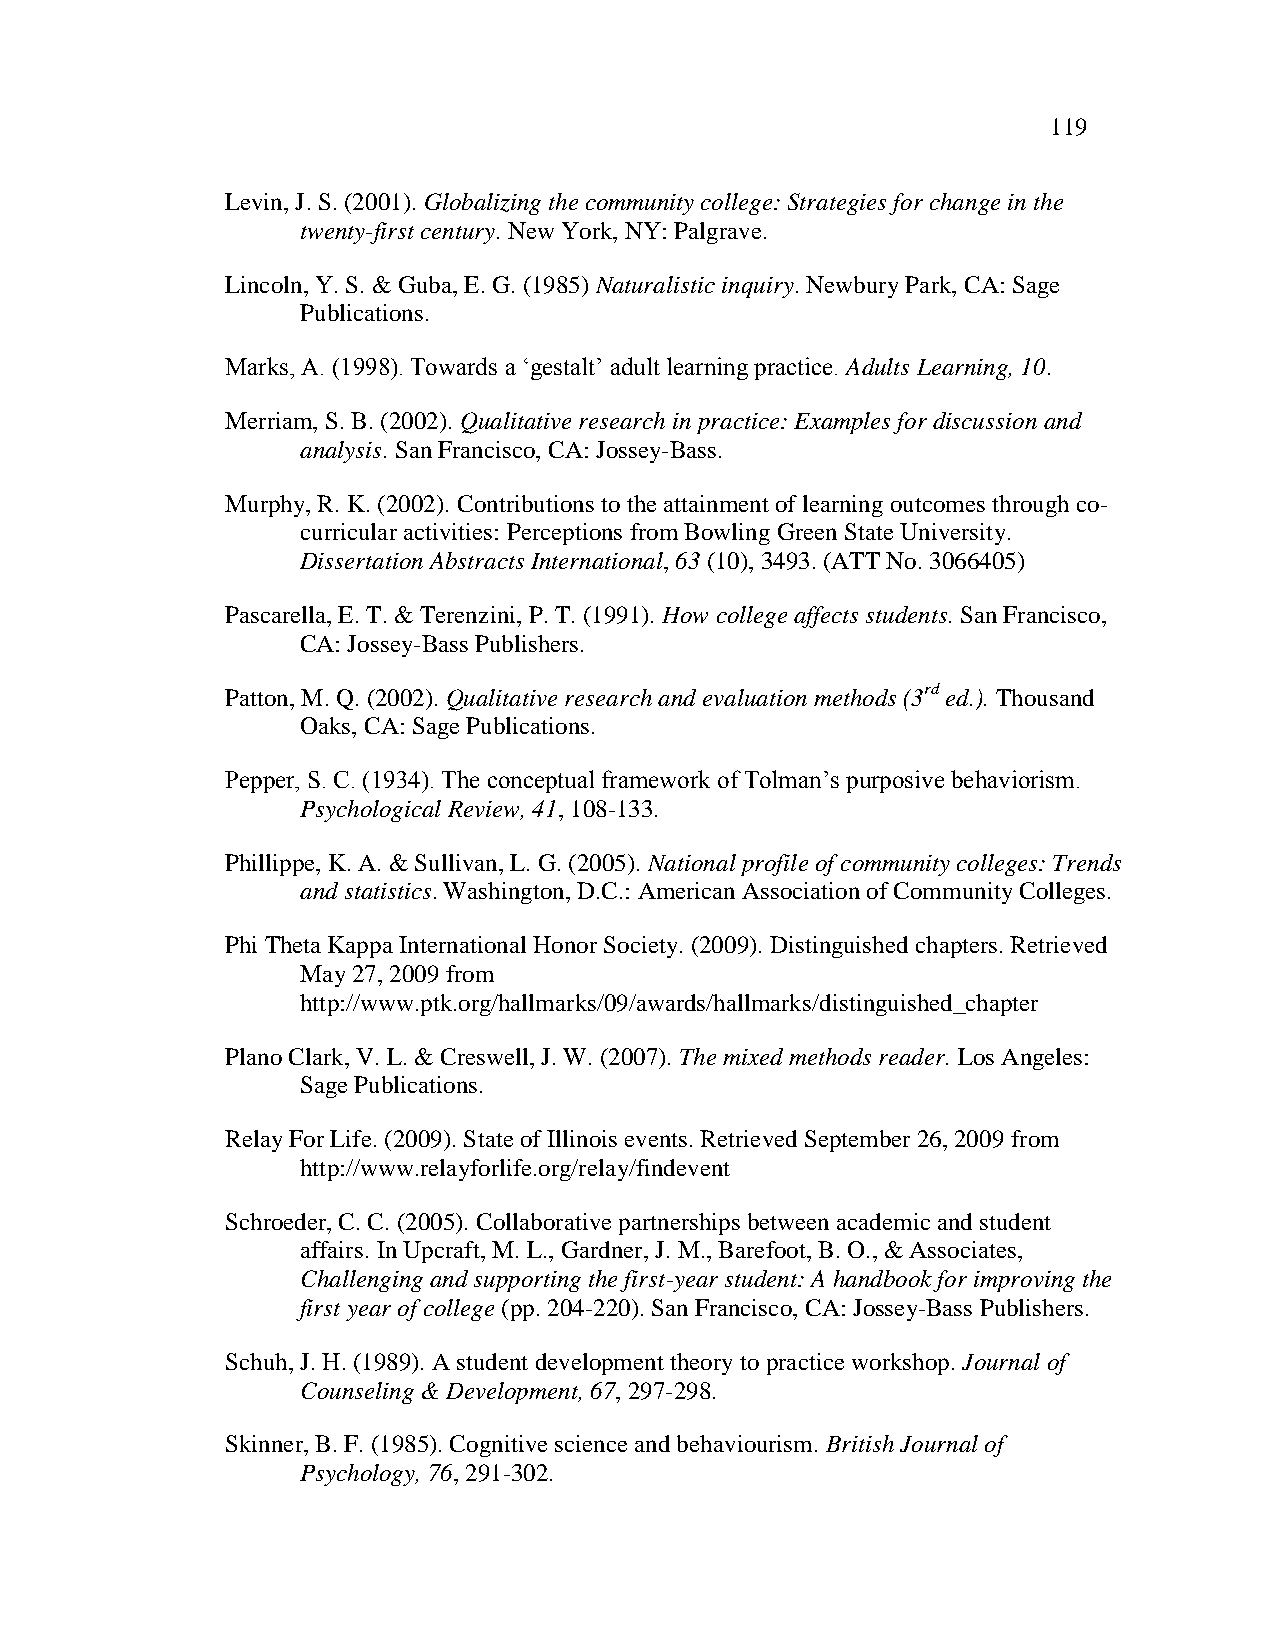
119
 Levin, J. S. (2001). Globalizing the community college: Strategies for change in the
 twenty-first century. New York, NY: Palgrave.
 Lincoln, Y. S. & Guba, E. G. (1985) Naturalistic inquiry. Newbury Park, CA: Sage
 Publications.
 Marks, A. (1998). Towards a ‗gestalt‘ adult learning practice. Adults Learning, 10.
 Merriam, S. B. (2002). Qualitative research in practice: Examples for discussion and
 analysis. San Francisco, CA: Jossey-Bass.
 Murphy, R. K. (2002). Contributions to the attainment of learning outcomes through co-
 curricular activities: Perceptions from Bowling Green State University.
 Dissertation Abstracts International, 63 (10), 3493. (ATT No. 3066405)
 Pascarella, E. T. & Terenzini, P. T. (1991). How college affects students. San Francisco,
 CA: Jossey-Bass Publishers.
 Patton, M. Q. (2002). Qualitative research and evaluation methods (3rd ed.). Thousand
 Oaks, CA: Sage Publications.
 Pepper, S. C. (1934). The conceptual framework of Tolman‘s purposive behaviorism.
 Psychological Review, 41, 108-133.
 Phillippe, K. A. & Sullivan, L. G. (2005). National profile of community colleges: Trends
 and statistics. Washington, D.C.: American Association of Community Colleges.
 Phi Theta Kappa International Honor Society. (2009). Distinguished chapters. Retrieved
 May 27, 2009 from
 http://www.ptk.org/hallmarks/09/awards/hallmarks/distinguished_chapter
 Plano Clark, V. L. & Creswell, J. W. (2007). The mixed methods reader. Los Angeles:
 Sage Publications.
 Relay For Life. (2009). State of Illinois events. Retrieved September 26, 2009 from
 http://www.relayforlife.org/relay/findevent
 Schroeder, C. C. (2005). Collaborative partnerships between academic and student
 affairs. In Upcraft, M. L., Gardner, J. M., Barefoot, B. O., & Associates,
 Challenging and supporting the first-year student: A handbook for improving the
 first year of college (pp. 204-220). San Francisco, CA: Jossey-Bass Publishers.
 Schuh, J. H. (1989). A student development theory to practice workshop. Journal of
 Counseling & Development, 67, 297-298.
 Skinner, B. F. (1985). Cognitive science and behaviourism. British Journal of
 Psychology, 76, 291-302.